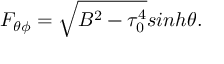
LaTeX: F _ { \theta \phi } = \sqrt { B ^ { 2 } - \tau _ { 0 } ^ { 4 } } s i n h \theta .